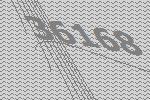
36168